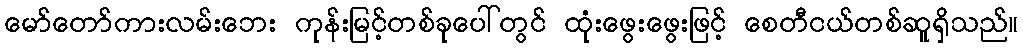
မော်တော်ကားလမ်းဘေး ကုန်းမြင့်တစ်ခုပေါ်တွင် ထုံးဖွေးဖွေးဖြင့် စေတီငယ်တစ်ဆူရှိသည်။